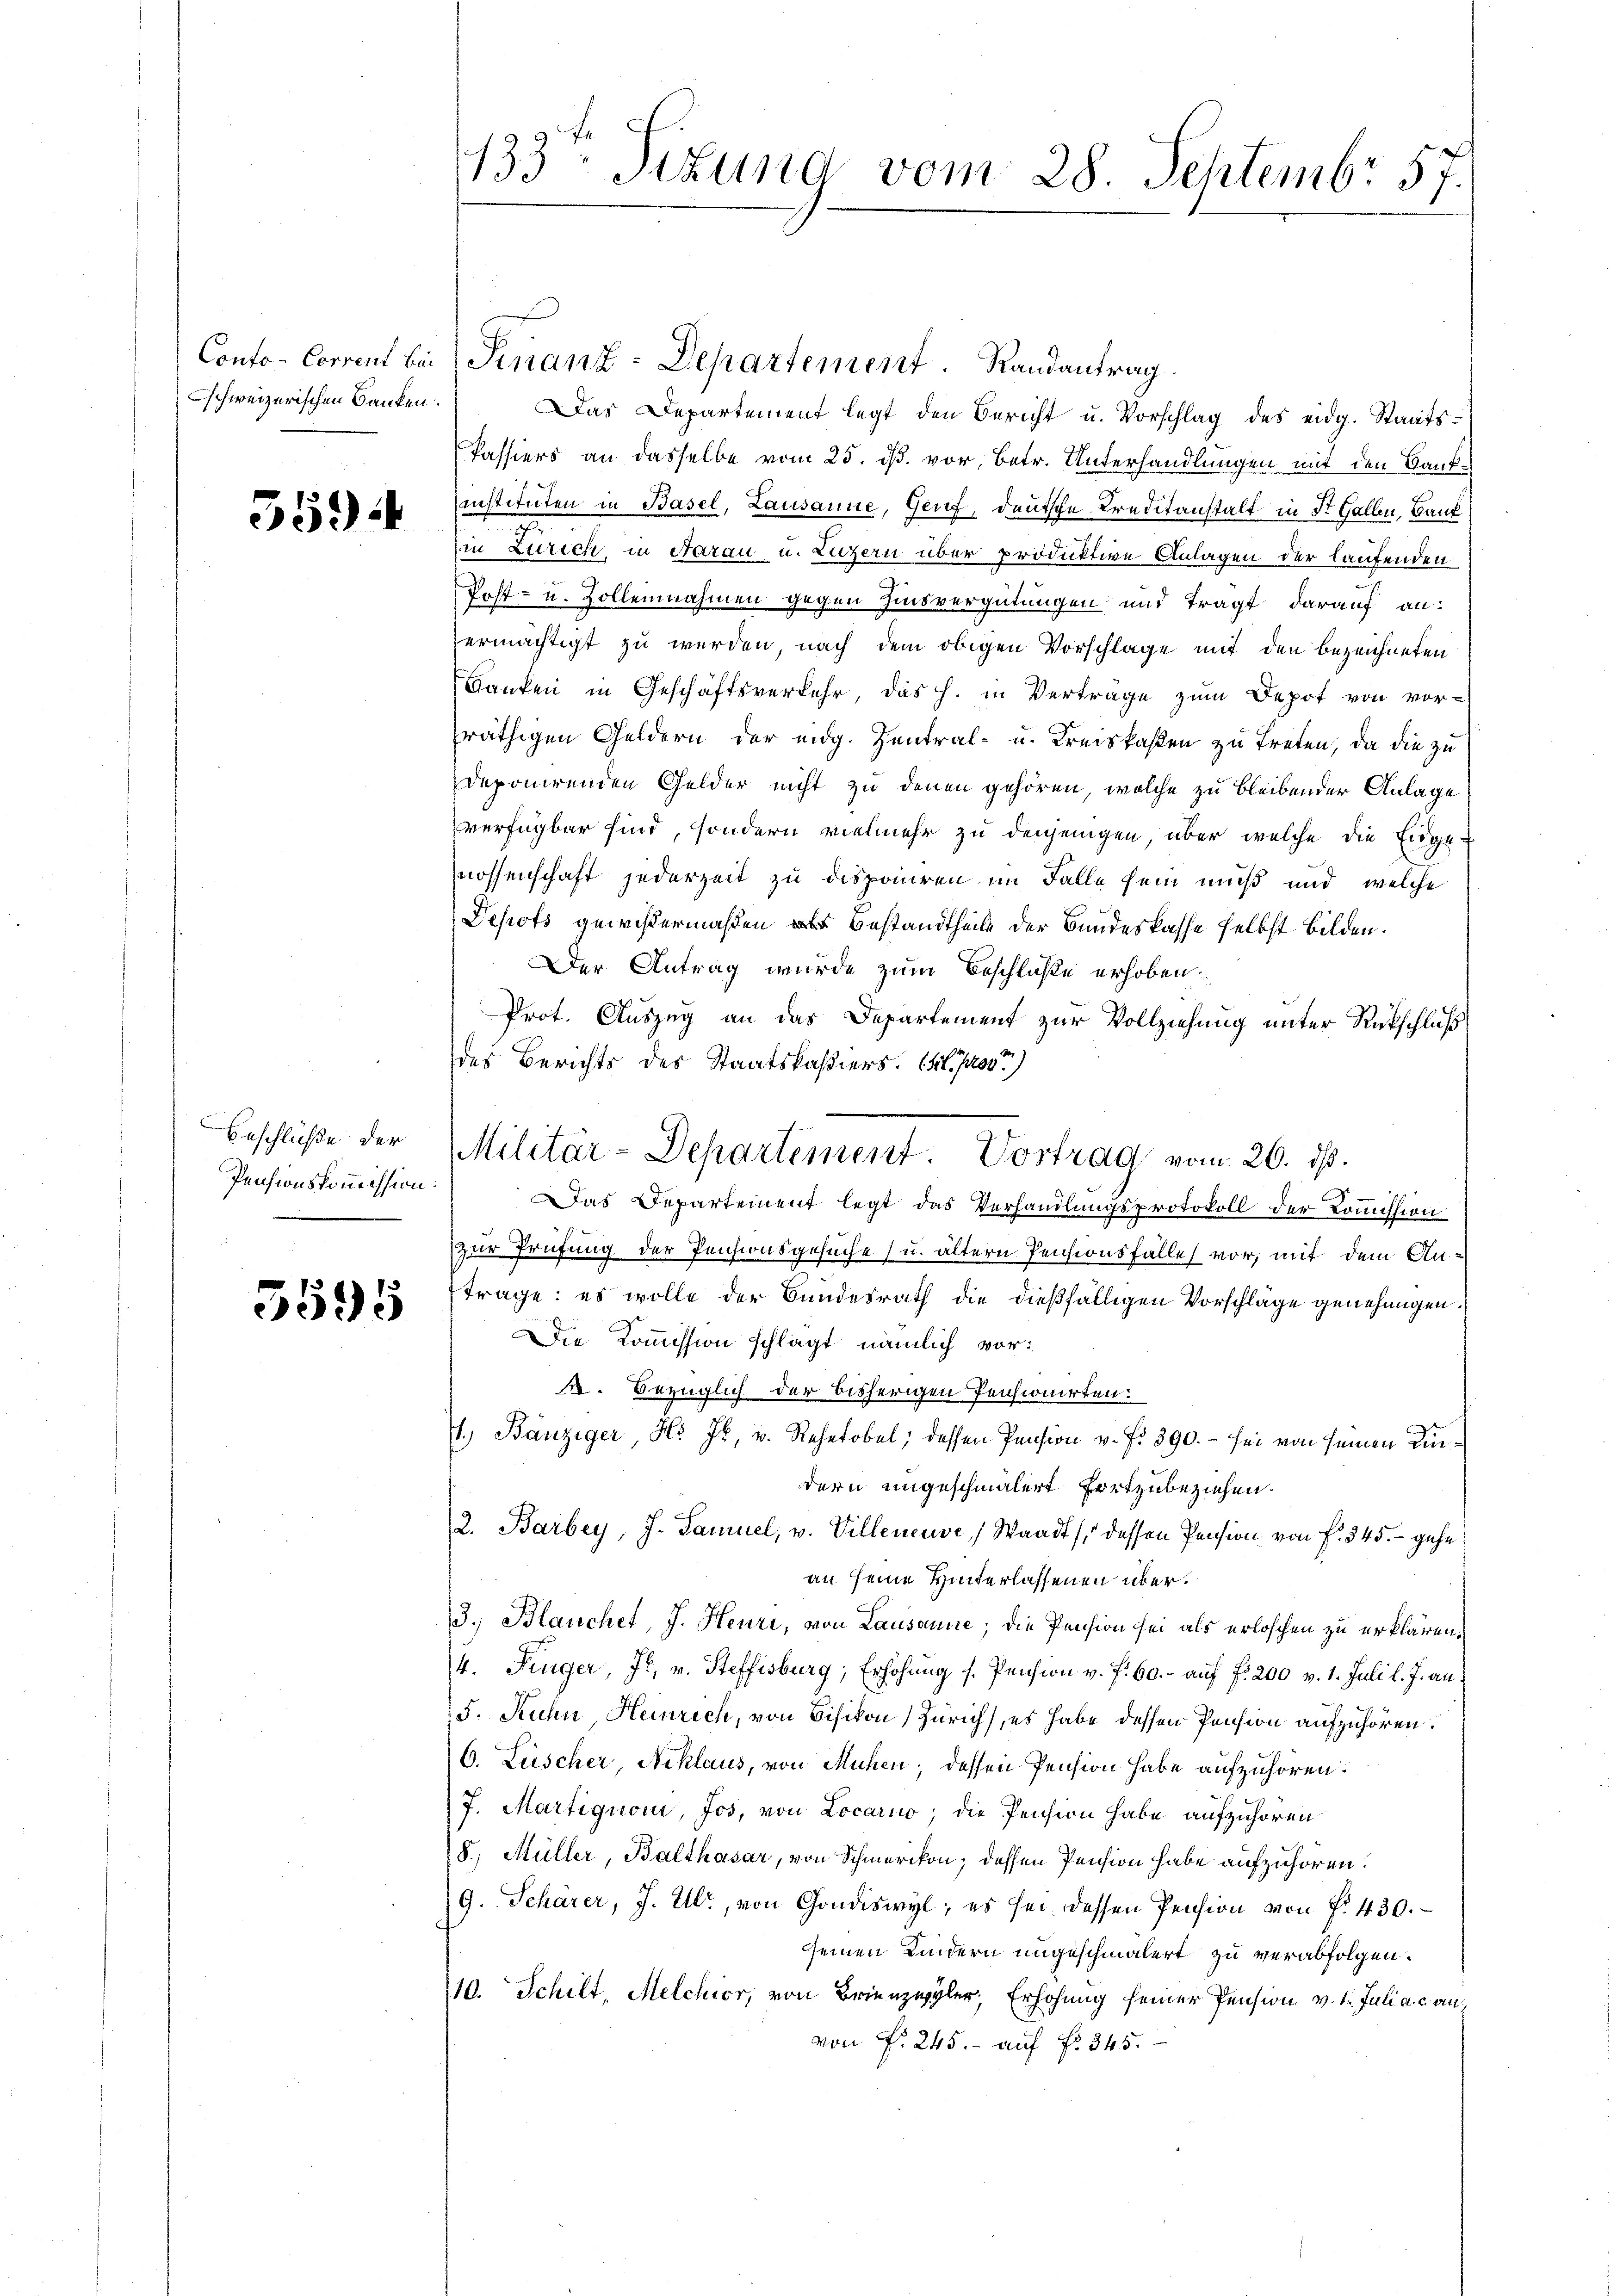
schweizerischen Banken.

559) i

Beschlüße der
Pensionskommission:

5595

Conto- Corrent bei Finanz-Departement. Randantrag.
Das Departement legt den Bericht u. Vorschlag des eidg. Staats¬
Passiers an dasselbe vom 25. ds. vor, betr. Unterhandlungen mit den Bankinstituten in Basel, Lausanne, Genf, deutsche Kreditanstalt in St. Gallen, Bauk
(in Zürich in Aarau u. Luzern über produktive Anlagen der laufenden
Post- u. Zollennahmen gegen Zinsvergütungen und tragt darauf an:
ermächtigt zu werden, nach dem obigen Vorschlage mit den bezeichneten
Banken in Geschäftsverkehr, das h. in Verträge zum Depot von vor-
räthigen Geldern der eidg. Zentral- u. Kreiskosten zu treten, da die zu
deponirenden Gelder nicht zu denen gehören, welche zu bleibender Anlage
verfügbar sind, sondern vielmehr zu denjenigen über welche die Einge-
nossenschaft jederzeit zu disponiren im Falle sein muß und welche
Dehofs gewißermaßen als Bestandtheile der Bundeskasse selbst Bilden.
Der Antrag wurde zum Beschluße erhoben.
Prot. Auszug an das Departement zur Vollziehung unter Rückschluß
des Berichts des Staatskassiers. 1. Pro
Das Departement legt das Verhandlungsprotokoll der Kommission
zur Prüfung der Pensionsgesuche (u. ältern Pensionsfalle vor, mit dem Antrage: es wolle der Bundesrath die dießfälligen Vorschlage genehmigen.
Die Kommission schlägt nämlich vor:
. Bezüglich der bisherigen Pensionirten:
1.) Banziger, Hr. Js. v. Rehetobel, dessen Pension v. fr. 390. - sei von seinen Kindern ungeschmälert fortzubeziehen.
2. Barbey, J. Samuel, v. Villeneuve, Waadt (dessen Pension von f. 345. - gehe
an seine Hinterlassenen über¬
3. Blauchet, J. Heuri, von Lausanne; die Pension sei als erloschen zu erklären.
4. Ringer, Js. v. Steffisburg, Erhöhung s. Pension v. f. 60. - auf f. 200 v. 1. Juli l. J. an:
5. Ruhn, Heinrich, von Bisikon Zürich, es habe dessen Pension aufzuhören.
6. Lüscher, Niklaus, von Mühen, dessen Pension habe aufzuhören:
7. Martiquoni, Jos. von Locarno; die Pension habe aufzuhören
8.) Müller, Balthasar, von Schmerikon; dessen Pension habe aufzuhören.
9. Schärer, J. Ulr., von Gondiswyl, es sei dessen Pension von f. 430.
seinen Kindern ungeschmälert zu verabfolgen.
10. Schilt, Melchior, von Brienzwyler, Erhöhung seiner Pension v. 1. Juli a. c. an
von Fr. 245. - auf No 345.

133: Sizund vom 28. Septembr 57.

Militär-Departement. Vortrag vom 26. ds.